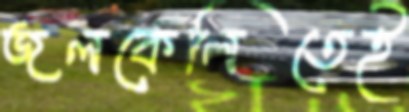
জলকেলিতেই